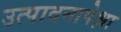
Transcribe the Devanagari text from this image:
उत्पादनापेक्षा